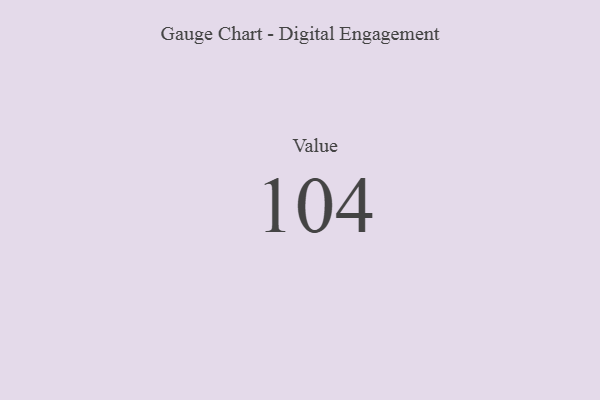
{"axis": {"x": "Metric", "y": "Value"}, "legend": [""], "data": [{"x": "Value", "y": 104, "type": ""}]}